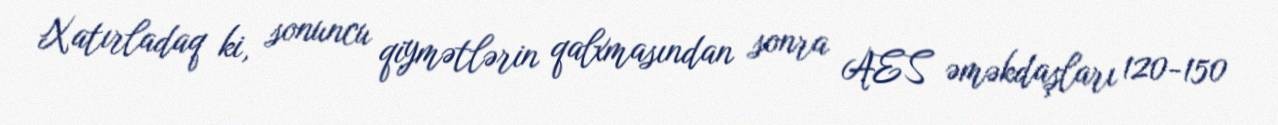
Xatırladaq ki, sonuncu qiymətlərin qalxmasından sonra AES əməkdaşları 120-150